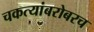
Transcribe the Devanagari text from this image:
चकत्यांबरोबरच